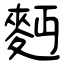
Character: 麪